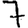
Digit: 7